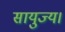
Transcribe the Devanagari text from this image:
सायुज्य।